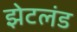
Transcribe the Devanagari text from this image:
झेटलंड